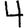
Digit: 4